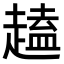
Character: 𫎽